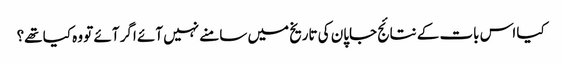
کیا اس بات کے نتائج جاپان کی تاریخ میں سامنے نہیں آئے اگر آئے تو وہ کیا تھے؟